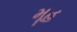
મૂહ